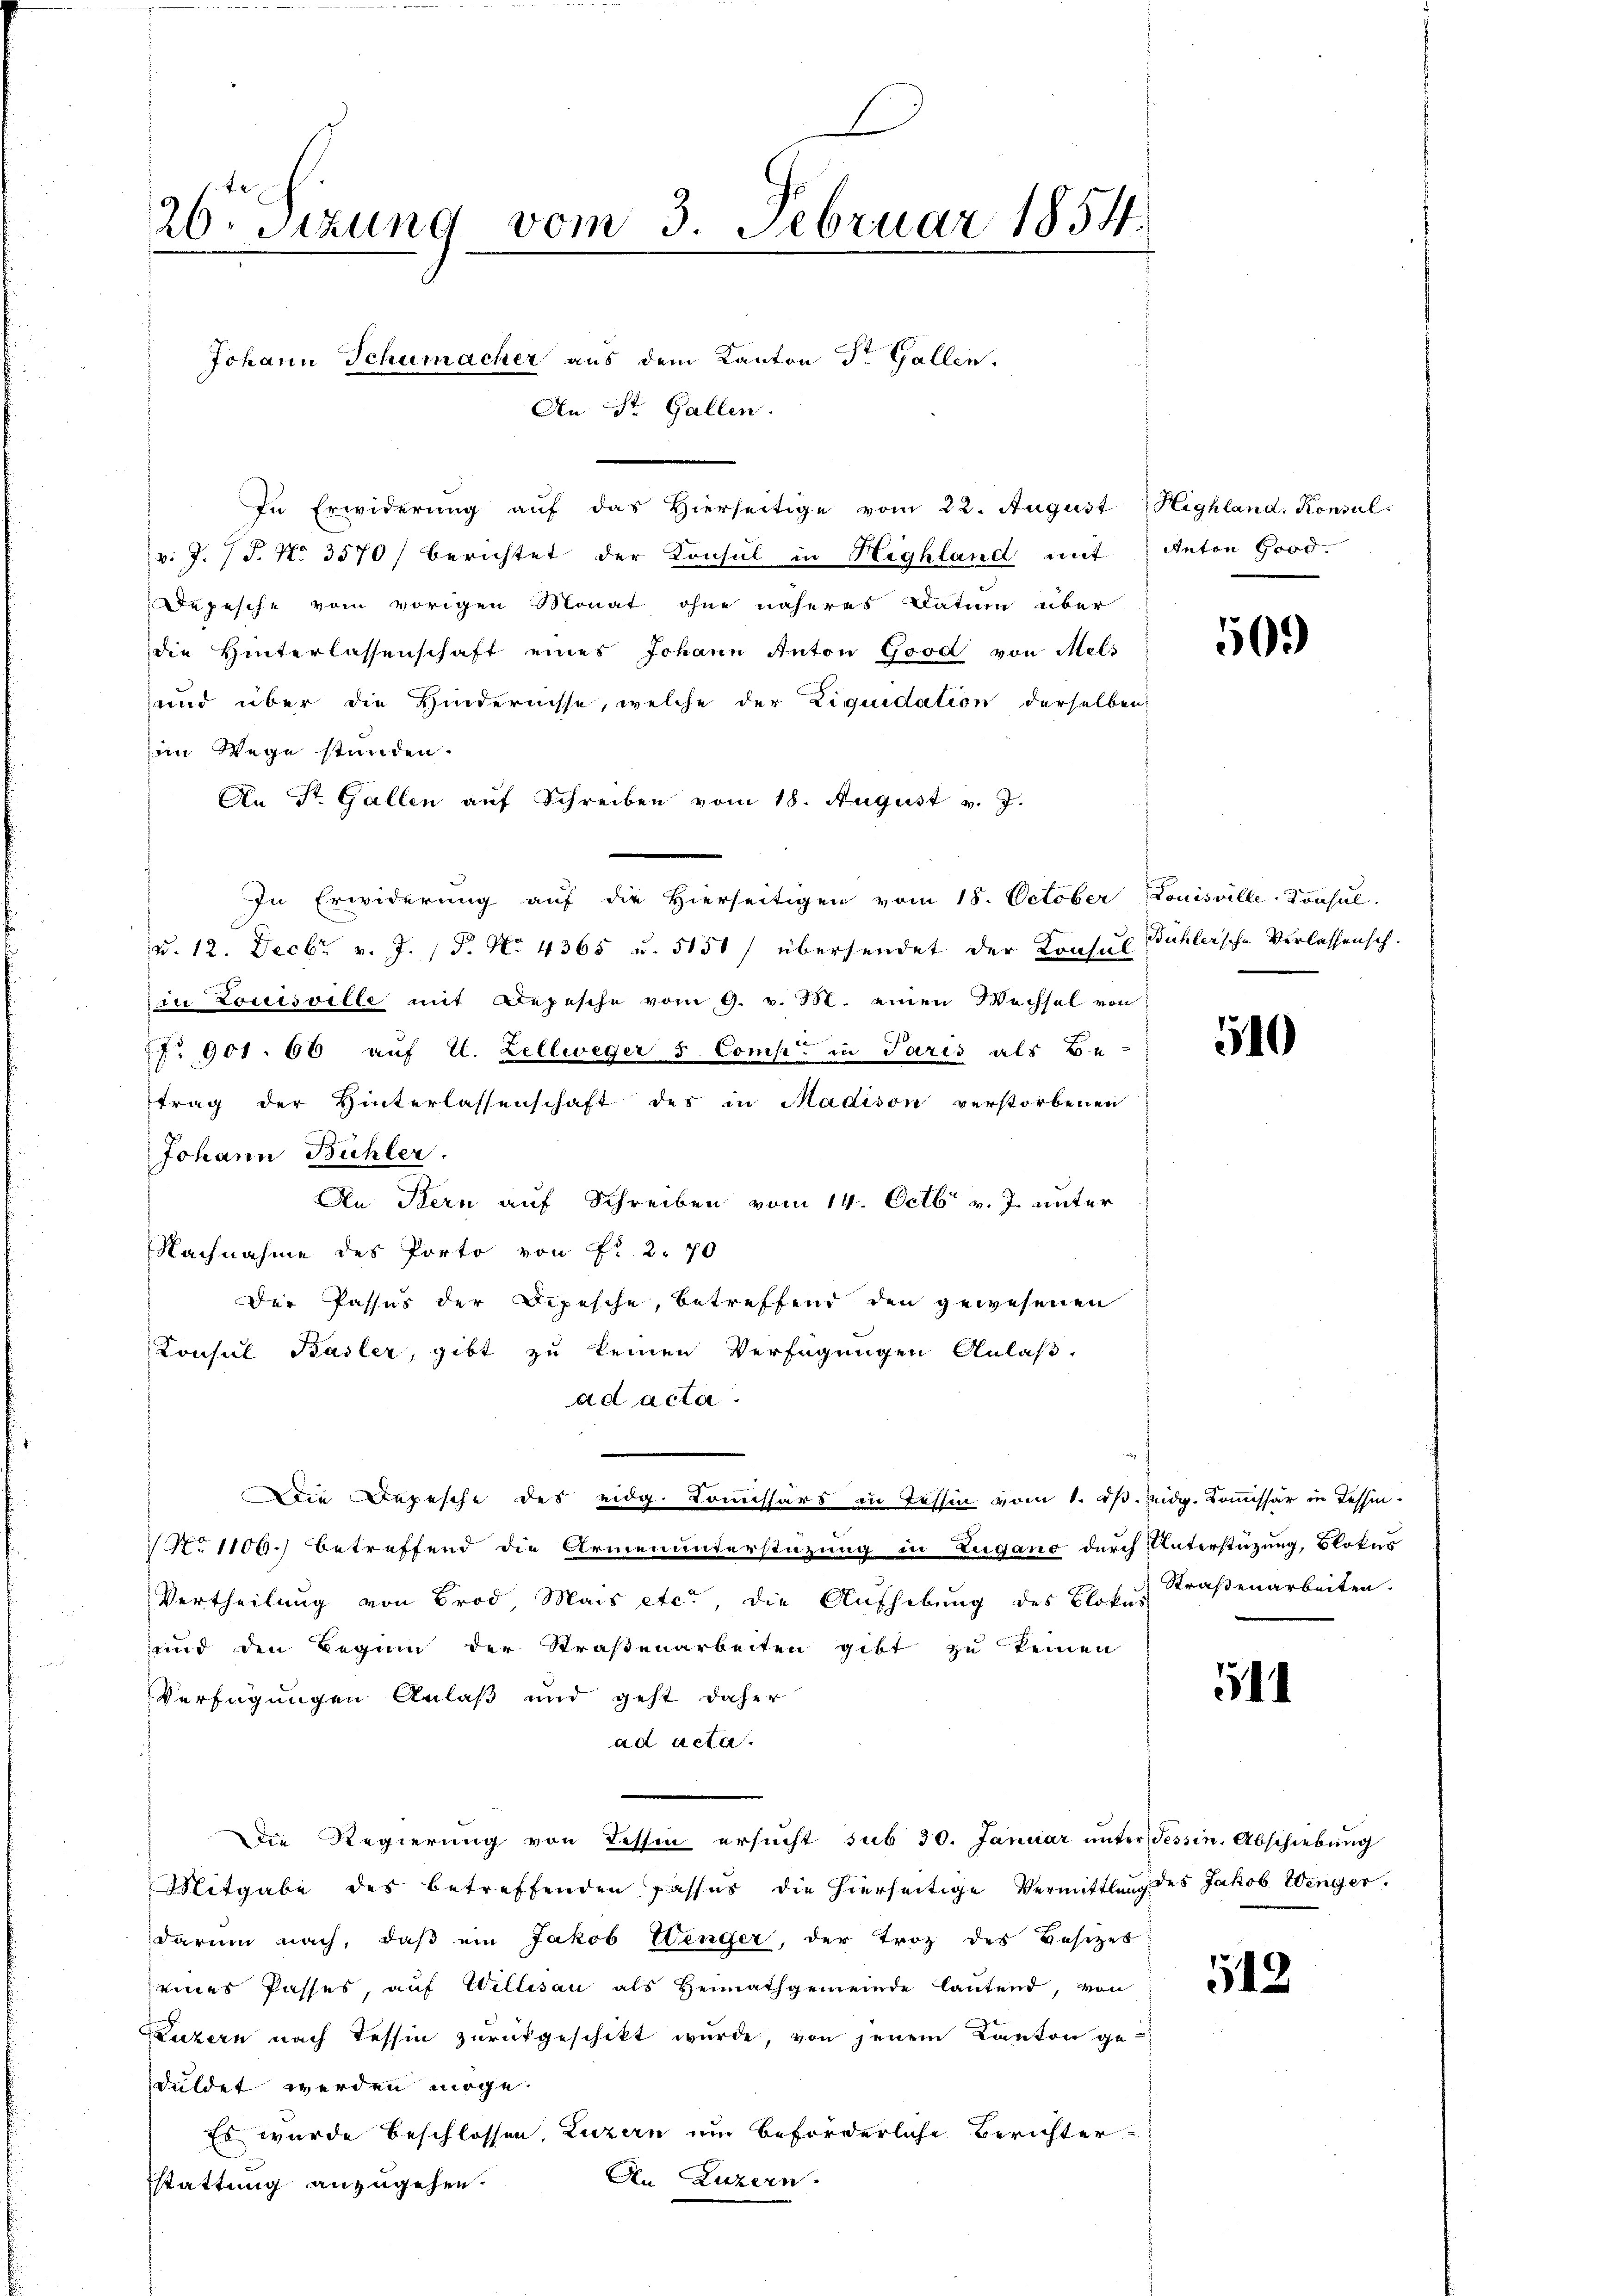
26. Sizung vom 3. Februar 1854.

Johann Schumacher aus dem Kanton Dr. Gallen.

v. J. J. No. 3570/ berichtet der Konsul in Highland mit Anton Good.
Depesche vom vorigen Monat ohne näheres Datum über
die Hinterlassenschaft eines Johann Anton Good von Mels
und über die Hindernisse, welche der Liquidation derselben
om Wege stünden.
An St. Gallen auf Schreiben vom 18. August v. J.
In Erwiderung auf die Hierseitigen vom 18. October Louisville-Konsul
u. 12. Decbr. v. J. P. No 4365 u. 5151) übersendet der Konsul Bühlersche Verlassensch.
in Louisville mit Depesche vom 9. v. M. einen Wechsel von
No 901. 66 auf E. Zellweger s. Comp. in Paris als Be-
trag der Hinterlassenschaft des in Madison verstorbenen
Johann Bühler.
An Bern auf Schreiben vom 14. Octbr v. J. unter
Nachnahme des Porto von Fr. 2. 70
Der Passus der Depesche, betreffend den gewesenen
Konsul Basler, gibt zu keinen Verfügungen Anlaß.
ad acta.
Die Depesche des eidg. Komissärs in Tessin vom 1. ds. Eidg. Kommissär in Tessin¬
No 1106.) betreffend die Armenunterstüzung in Zugano durch Unterstüzung, Blokus
Vertheilung von Brod, Mais etc., die Aufhebung des Blokes Straßenarbeiten.
und den Beginn der Straßenarbeiten gibt zu keinen
Verfügungen Anlaß und geht daher
ad acta.
Die Regierung von Tessin ersŭcht sub 30. Januar ŭnter Tessin. Abschiebung
Mitgabe des betreffenden Passus die hierseitige Vermittlung des Jakob Wenger.
darum nach, daß ein Jakob Wenger, der Troz des Besitzes
eines Passes, auf Willisau als Heimathgemeinde lautend, von
Luzern nach Tessin zurückgeschikt wurde, von jenem Kanton ge-
duldet werden möge.
Es wurde beschlossen, Luzern um beförderliche Berichter
An Luzern
stattung anzugehen.

An St. Gallen.

In Erwiderung auf das Hierseitige vom 22. August Highland. Konsul

509

510

.

12